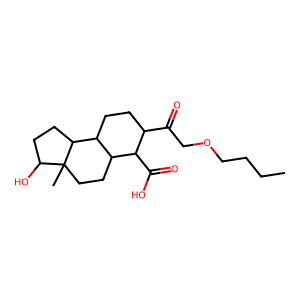
SMILES: CCCCOCC(=O)C1CCC2C(CCC3(C)C(O)CCC23)C1C(=O)O
Inhibits HIV replication: No